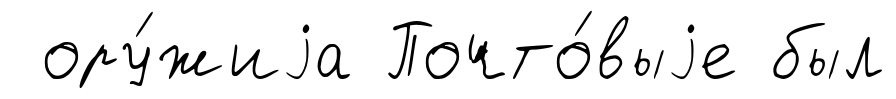
ору́жиjа Почто́выjе был